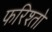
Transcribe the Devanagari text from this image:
फरिश्तो